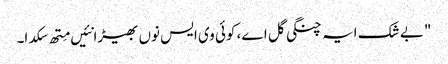
" بے شک ایہ چنگی گل اے، کوئی وی ایس نوں بھیڑا نئیں مِتھ سکدا۔